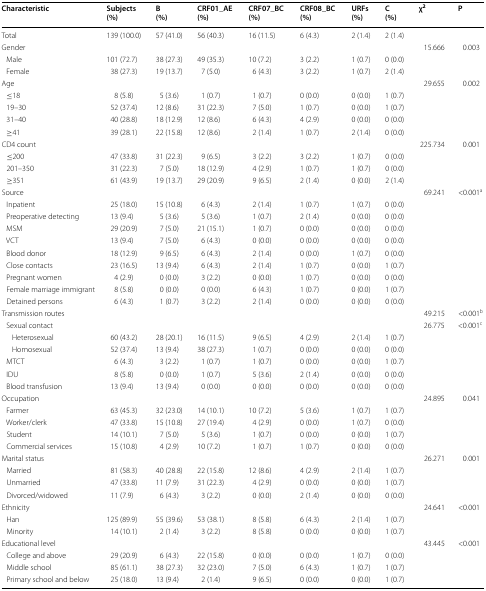
<table><thead><tr><td><b>Characteristic</b></td><td><b>Subjects(%)</b></td><td><b>B(%)</b></td><td><b>CRF01_AE(%)</b></td><td><b>CRF07_BC(%)</b></td><td><b>CRF08_BC(%)</b></td><td><b>URFs(%)</b></td><td><b>C(%)</b></td><td><b>χ<sup>2</sup></b></td><td><b>P</b></td></tr></thead><tbody><tr><td>Total</td><td>139 (100.0)</td><td>57 (41.0)</td><td>56 (40.3)</td><td>16 (11.5)</td><td>6 (4.3)</td><td>2 (1.4)</td><td>2 (1.4)</td><td></td><td></td></tr><tr><td>Gender</td><td></td><td></td><td></td><td></td><td></td><td></td><td></td><td>15.666</td><td>0.003</td></tr><tr><td> Male</td><td>101 (72.7)</td><td>38 (27.3)</td><td>49 (35.3)</td><td>10 (7.2)</td><td>3 (2.2)</td><td>1 (0.7)</td><td>0 (0.0)</td><td></td><td></td></tr><tr><td> Female</td><td>38 (27.3)</td><td>19 (13.7)</td><td>7 (5.0)</td><td>6 (4.3)</td><td>3 (2.2)</td><td>1 (0.7)</td><td>2 (1.4)</td><td></td><td></td></tr><tr><td>Age</td><td></td><td></td><td></td><td></td><td></td><td></td><td></td><td>29.655</td><td>0.002</td></tr><tr><td> ≤18</td><td>8 (5.8)</td><td>5 (3.6)</td><td>1 (0.7)</td><td>1 (0.7)</td><td>0 (0.0)</td><td>0 (0.0)</td><td>1 (0.7)</td><td></td><td></td></tr><tr><td> 19–30</td><td>52 (37.4)</td><td>12 (8.6)</td><td>31 (22.3)</td><td>7 (5.0)</td><td>1 (0.7)</td><td>0 (0.0)</td><td>1 (0.7)</td><td></td><td></td></tr><tr><td> 31–40</td><td>40 (28.8)</td><td>18 (12.9)</td><td>12 (8.6)</td><td>6 (4.3)</td><td>4 (2.9)</td><td>0 (0.0)</td><td>0 (0.0)</td><td></td><td></td></tr><tr><td> ≥41</td><td>39 (28.1)</td><td>22 (15.8)</td><td>12 (8.6)</td><td>2 (1.4)</td><td>1 (0.7)</td><td>2 (1.4)</td><td>0 (0.0)</td><td></td><td></td></tr><tr><td>CD4 count</td><td></td><td></td><td></td><td></td><td></td><td></td><td></td><td>225.734</td><td>0.001</td></tr><tr><td> ≤200</td><td>47 (33.8)</td><td>31 (22.3)</td><td>9 (6.5)</td><td>3 (2.2)</td><td>3 (2.2)</td><td>1 (0.7)</td><td>0 (0.0)</td><td></td><td></td></tr><tr><td> 201–350</td><td>31 (22.3)</td><td>7 (5.0)</td><td>18 (12.9)</td><td>4 (2.9)</td><td>1 (0.7)</td><td>1 (0.7)</td><td>0 (0.0)</td><td></td><td></td></tr><tr><td> ≥351</td><td>61 (43.9)</td><td>19 (13.7)</td><td>29 (20.9)</td><td>9 (6.5)</td><td>2 (1.4)</td><td>0 (0.0)</td><td>2 (1.4)</td><td></td><td></td></tr><tr><td>Source</td><td></td><td></td><td></td><td></td><td></td><td></td><td></td><td>69.241</td><td>&lt;0.001<sup>a</sup></td></tr><tr><td> Inpatient</td><td>25 (18.0)</td><td>15 (10.8)</td><td>6 (4.3)</td><td>2 (1.4)</td><td>1 (0.7)</td><td>1 (0.7)</td><td>0 (0.0)</td><td></td><td></td></tr><tr><td> Preoperative detecting</td><td>13 (9.4)</td><td>5 (3.6)</td><td>5 (3.6)</td><td>1 (0.7)</td><td>2 (1.4)</td><td>0 (0.0)</td><td>0 (0.0)</td><td></td><td></td></tr><tr><td> MSM</td><td>29 (20.9)</td><td>7 (5.0)</td><td>21 (15.1)</td><td>1 (0.7)</td><td>0 (0.0)</td><td>0 (0.0)</td><td>0 (0.0)</td><td></td><td></td></tr><tr><td> VCT</td><td>13 (9.4)</td><td>7 (5.0)</td><td>6 (4.3)</td><td>0 (0.0)</td><td>0 (0.0)</td><td>0 (0.0)</td><td>0 (0.0)</td><td></td><td></td></tr><tr><td> Blood donor</td><td>18 (12.9)</td><td>9 (6.5)</td><td>6 (4.3)</td><td>2 (1.4)</td><td>0 (0.0)</td><td>1 (0.7)</td><td>0 (0.0)</td><td></td><td></td></tr><tr><td> Close contacts</td><td>23 (16.5)</td><td>13 (9.4)</td><td>6 (4.3)</td><td>2 (1.4)</td><td>1 (0.7)</td><td>0 (0.0)</td><td>1 (0.7)</td><td></td><td></td></tr><tr><td> Pregnant women</td><td>4 (2.9)</td><td>0 (0.0)</td><td>3 (2.2)</td><td>0 (0.0)</td><td>1 (0.7)</td><td>0 (0.0)</td><td>0 (0.0)</td><td></td><td></td></tr><tr><td> Female marriage immigrant</td><td>8 (5.8)</td><td>0 (0.0)</td><td>0 (0.0)</td><td>6 (4.3)</td><td>1 (0.7)</td><td>0 (0.0)</td><td>1 (0.7)</td><td></td><td></td></tr><tr><td> Detained persons</td><td>6 (4.3)</td><td>1 (0.7)</td><td>3 (2.2)</td><td>2 (1.4)</td><td>0 (0.0)</td><td>0 (0.0)</td><td>0 (0.0)</td><td></td><td></td></tr><tr><td>Transmission routes</td><td></td><td></td><td></td><td></td><td></td><td></td><td></td><td>49.215</td><td>&lt;0.001<sup>b</sup></td></tr><tr><td> Sexual contact</td><td></td><td></td><td></td><td></td><td></td><td></td><td></td><td>26.775</td><td>&lt;0.001<sup>c</sup></td></tr><tr><td>Heterosexual</td><td>60 (43.2)</td><td>28 (20.1)</td><td>16 (11.5)</td><td>9 (6.5)</td><td>4 (2.9)</td><td>2 (1.4)</td><td>1 (0.7)</td><td></td><td></td></tr><tr><td>Homosexual</td><td>52 (37.4)</td><td>13 (9.4)</td><td>38 (27.3)</td><td>1 (0.7)</td><td>0 (0.0)</td><td>0 (0.0)</td><td>0 (0.0)</td><td></td><td></td></tr><tr><td> MTCT</td><td>6 (4.3)</td><td>3 (2.2)</td><td>1 (0.7)</td><td>1 (0.7)</td><td>0 (0.0)</td><td>0 (0.0)</td><td>1 (0.7)</td><td></td><td></td></tr><tr><td> IDU</td><td>8 (5.8)</td><td>0 (0.0)</td><td>1 (0.7)</td><td>5 (3.6)</td><td>2 (1.4)</td><td>0 (0.0)</td><td>0 (0.0)</td><td></td><td></td></tr><tr><td> Blood transfusion</td><td>13 (9.4)</td><td>13 (9.4)</td><td>0 (0.0)</td><td>0 (0.0)</td><td>0 (0.0)</td><td>0 (0.0)</td><td>0 (0.0)</td><td></td><td></td></tr><tr><td>Occupation</td><td></td><td></td><td></td><td></td><td></td><td></td><td></td><td>24.895</td><td>0.041</td></tr><tr><td> Farmer</td><td>63 (45.3)</td><td>32 (23.0)</td><td>14 (10.1)</td><td>10 (7.2)</td><td>5 (3.6)</td><td>1 (0.7)</td><td>1 (0.7)</td><td></td><td></td></tr><tr><td> Worker/clerk</td><td>47 (33.8)</td><td>15 (10.8)</td><td>27 (19.4)</td><td>4 (2.9)</td><td>0 (0.0)</td><td>1 (0.7)</td><td>0 (0.0)</td><td></td><td></td></tr><tr><td> Student</td><td>14 (10.1)</td><td>7 (5.0)</td><td>5 (3.6)</td><td>1 (0.7)</td><td>0 (0.0)</td><td>0 (0.0)</td><td>1 (0.7)</td><td></td><td></td></tr><tr><td> Commercial services</td><td>15 (10.8)</td><td>4 (2.9)</td><td>10 (7.2)</td><td>1 (0.7)</td><td>1 (0.7)</td><td>0 (0.0)</td><td>0 (0.0)</td><td></td><td></td></tr><tr><td>Marital status</td><td></td><td></td><td></td><td></td><td></td><td></td><td></td><td>26.271</td><td>0.001</td></tr><tr><td> Married</td><td>81 (58.3)</td><td>40 (28.8)</td><td>22 (15.8)</td><td>12 (8.6)</td><td>4 (2.9)</td><td>2 (1.4)</td><td>1 (0.7)</td><td></td><td></td></tr><tr><td> Unmarried</td><td>47 (33.8)</td><td>11 (7.9)</td><td>31 (22.3)</td><td>4 (2.9)</td><td>0 (0.0)</td><td>0 (0.0)</td><td>1 (0.7)</td><td></td><td></td></tr><tr><td> Divorced/widowed</td><td>11 (7.9)</td><td>6 (4.3)</td><td>3 (2.2)</td><td>0 (0.0)</td><td>2 (1.4)</td><td>0 (0.0)</td><td>0 (0.0)</td><td></td><td></td></tr><tr><td>Ethnicity</td><td></td><td></td><td></td><td></td><td></td><td></td><td></td><td>24.641</td><td>&lt;0.001</td></tr><tr><td> Han</td><td>125 (89.9)</td><td>55 (39.6)</td><td>53 (38.1)</td><td>8 (5.8)</td><td>6 (4.3)</td><td>2 (1.4)</td><td>1 (0.7)</td><td></td><td></td></tr><tr><td> Minority</td><td>14 (10.1)</td><td>2 (1.4)</td><td>3 (2.2)</td><td>8 (5.8)</td><td>0 (0.0)</td><td>0 (0.0)</td><td>1 (0.7)</td><td></td><td></td></tr><tr><td>Educational level</td><td></td><td></td><td></td><td></td><td></td><td></td><td></td><td>43.445</td><td>&lt;0.001</td></tr><tr><td> College and above</td><td>29 (20.9)</td><td>6 (4.3)</td><td>22 (15.8)</td><td>0 (0.0)</td><td>0 (0.0)</td><td>1 (0.7)</td><td>0 (0.0)</td><td></td><td></td></tr><tr><td> Middle school</td><td>85 (61.1)</td><td>38 (27.3)</td><td>32 (23.0)</td><td>7 (5.0)</td><td>6 (4.3)</td><td>1 (0.7)</td><td>1 (0.7)</td><td></td><td></td></tr><tr><td> Primary school and below</td><td>25 (18.0)</td><td>13 (9.4)</td><td>2 (1.4)</td><td>9 (6.5)</td><td>0 (0.0)</td><td>0 (0.0)</td><td>1 (0.7)</td><td></td><td></td></tr></tbody></table>